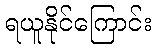
ရယူနိုင်ကြောင်း